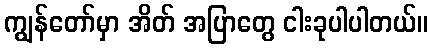
ကျွန်တော်မှာ အိတ် အပြာတွေ ငါးခုပါပါတယ်။